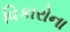
વિકારોના